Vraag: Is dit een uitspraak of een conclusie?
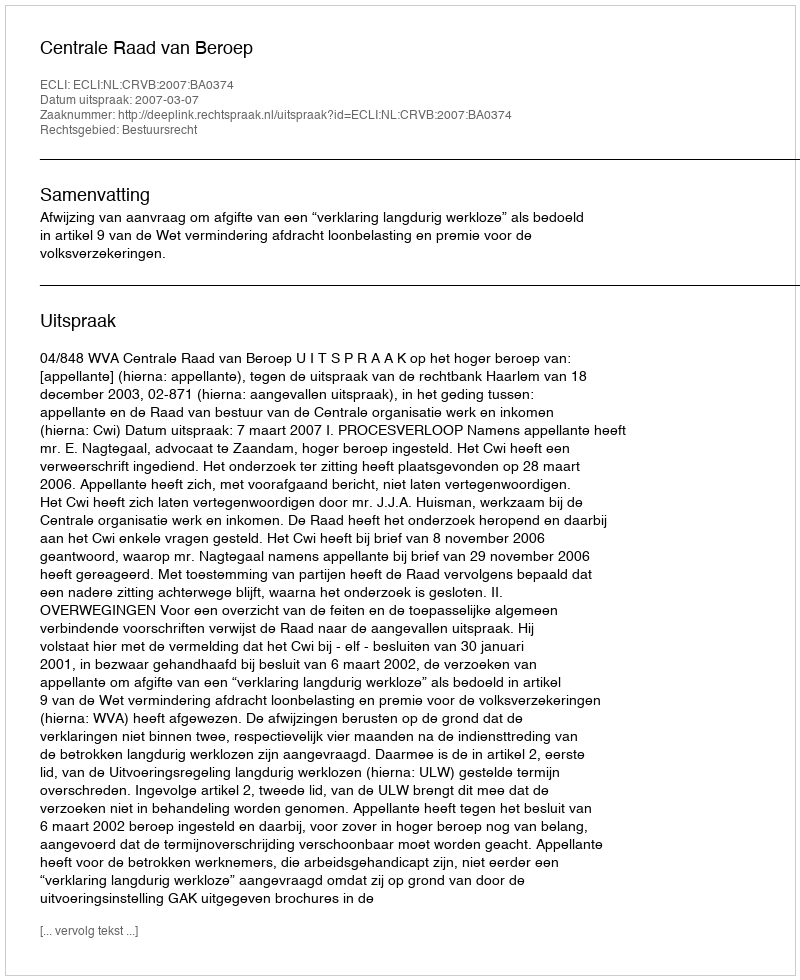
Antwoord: Uitspraak